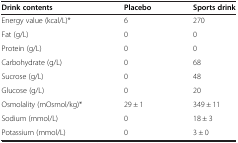
<table><thead><tr><td><b>Drink contents</b></td><td><b>Placebo</b></td><td><b>Sports drink</b></td></tr></thead><tbody><tr><td>Energy value (kcal/L)*</td><td>6</td><td>270</td></tr><tr><td>Fat (g/L)</td><td>0</td><td>0</td></tr><tr><td>Protein (g/L)</td><td>0</td><td>0</td></tr><tr><td>Carbohydrate (g/L)</td><td>0</td><td>68</td></tr><tr><td>Sucrose (g/L)</td><td>0</td><td>48</td></tr><tr><td>Glucose (g/L)</td><td>0</td><td>20</td></tr><tr><td>Osmolality (mOsmol/kg)*</td><td>29 ± 1</td><td>349 ± 11</td></tr><tr><td>Sodium (mmol/L)</td><td>0</td><td>18 ± 3</td></tr><tr><td>Potassium (mmol/L)</td><td>0</td><td>3 ± 0</td></tr></tbody></table>